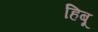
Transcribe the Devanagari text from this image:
हिबू